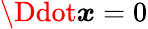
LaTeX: \Ddot{\boldsymbol x}=0